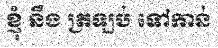
ខ្ញុំ នឹង ត្រឡប់ ទៅកាន់